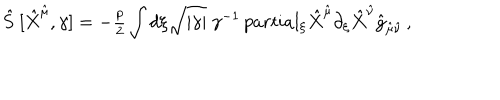
\hat { S } \ [ \hat { X } ^ { \hat { \mu } } , \gamma ] = - { \textstyle \frac { p } { 2 } } \int d \xi \sqrt { | \gamma | } \ \gamma ^ { - 1 } \, p a r t i a l _ { \xi } \hat { X } ^ { \hat { \mu } } \partial _ { \xi } \hat { X } ^ { \hat { \nu } } \hat { g } _ { \hat { \mu } \hat { \nu } } \, ,